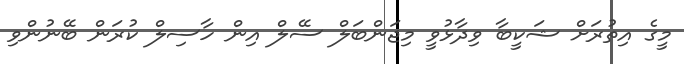
މީގެ އިތުރަށް ޝަކީބާ ވިދާޅުވީ މިޖަންބަލް ސޭލް އިން ހާސިލް ކުރަން ބޭނުންވި